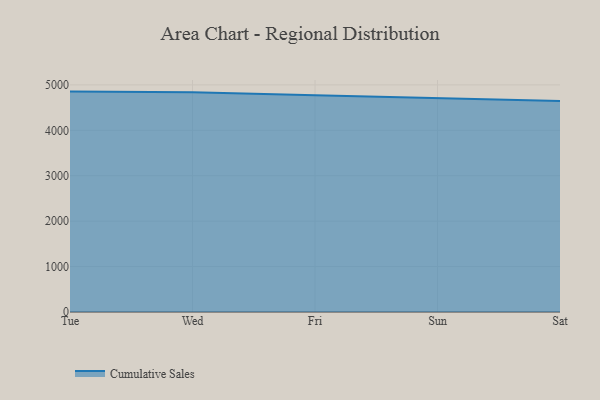
{"axis": {"x": "Day", "y": "Population (Million)"}, "legend": ["Cumulative Sales"], "data": [{"x": "Tue", "y": 4852.4, "type": "Cumulative Sales"}, {"x": "Wed", "y": 4838.9, "type": "Cumulative Sales"}, {"x": "Fri", "y": 4771.9, "type": "Cumulative Sales"}, {"x": "Sun", "y": 4701.0, "type": "Cumulative Sales"}, {"x": "Sat", "y": 4646.0, "type": "Cumulative Sales"}]}